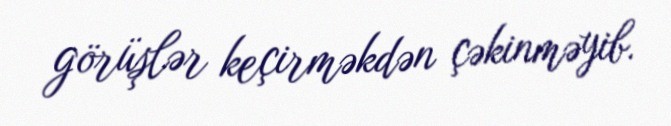
görüşlər keçirməkdən çəkinməyib.